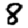
Digit: 8